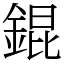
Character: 錕